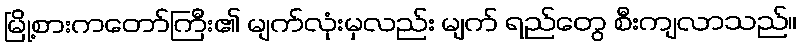
မြို့စားကတော်ကြီး၏ မျက်လုံးမှလည်း မျက် ရည်တွေ စီးကျလာသည်။